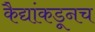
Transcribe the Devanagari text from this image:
कैद्यांकडूनच